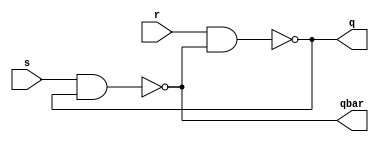
//Nor latch
// module latch(s,r,q,qbar);
// input s,r;
// output q,qbar;
// nor(q,r,qbar);
// nor(qbar,s,q);
// endmodule



//Nand Latch
module latch(s,r,q,qbar);
input s,r;
output q,qbar;
assign q=~(r&qbar);
assign qbar=~(s&q);
endmodule